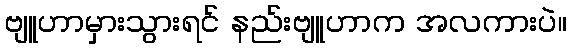
ဗျူဟာမှားသွားရင် နည်းဗျူဟာက အလကားပဲ။